[Report on the health of British troops in the Madras command]
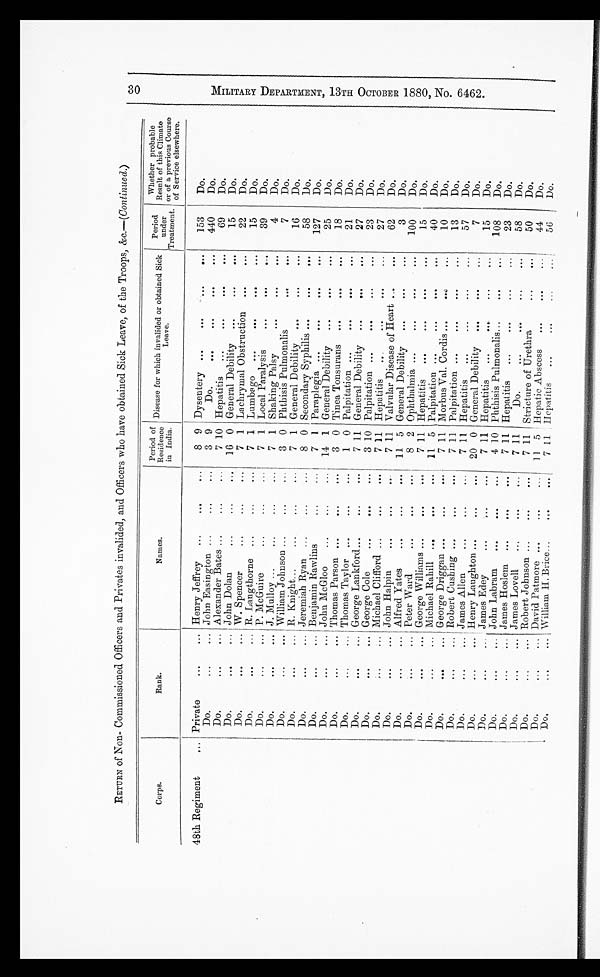
30
MILITARY DEPARTMENT, 13TH OCTOBER 1880, NO. 6462.
RETURN of Non- Commissioned Officers and Privates invalided, and Officers who have obtained Sick Leave, of the Troops, &c.—(Continued.)
Corps.
Rank.
Names.
Period of
Residence
in India.
Disease for which invalided or obtained Sick
Leave.
Period
under
Treatment.
Whether probable
Result of this Climate
or of a previous Course
of Service elsewhere.
48th Regiment
... Private
...
... Henry Jeffrey
...
...
...
8 9 Dysentery ...
...
...
...
153
Do.
Do.
...
... John Easington ...
...
...
3 9
Do.
...
. . .
...
...
440
Do.
Do. ...
... Alexander Bates ...
...
...
7 10 Hepatitis
...
...
...
...
69
Do.
Do.
...
... John Dolan
...
...
...
16 0 General Debility
...
...
...
15
Do.
Do.
...
... W. Spencer
...
...
...
7 1 Lachrymal Obstruction ...
...
22
Do.
Do.
...
... R. Langthorne ...
...
...
7 1 Lumbago
...
...
...
...
15
Do.
Do.
...
... P. McGuire
...
...
...
7 1 Local Paralysis
...
...
...
39
Do.
Do.
...
... J. Mulloy ...
...
...
...
7 1 Shaking Palsy
...
...
...
4
Do.
Do.
...
... William Johnson ...
...
...
3 0 Phthisis Pulmonalis
...
...
7
Do.
Do.
...
... R. Knight...
...
...
...
7 1 General Debility ...
...
...
16
Do.
Do.
...
... Jeremiah Ryan ...
...
...
8 0 Secondary Syphilis ...
...
...
58
Do.
Do.
...
... Benjamin Rawlins
. . .
. . . 7 1 Paraplegia ...
...
...
...
127
Do.
Do.
...
... John McGloo
...
...
...
14 1 General Debility
...
...
...
25
Do.
Do.
...
... Thomas Parson ...
...
...
3 0 Tinea Tonsurans ...
...
...
18
Do.
Do.
...
... Thomas Taylor ...
...
...
1 0 Palpitation ...
...
...
...
21
Do.
Do.
...
... George Lankford... ...
...
...
7 11 General Debility
...
...
...
27
Do.
Do.
...
... George Cole
...
... ...
3 10 Palpitation ...
...
...
...
23
Do.
Do.
...
... Michael Clifford ...
... ...
7 11 Hepatitis
...
...
...
...
27
Do.
Do.
...
... John Halpin
...
...
...
7 11 Valvular Disease of Heart ...
...
62
Do.
Do.
...
... Alfred Yates
...
...
...
11 5 General Debility
...
...
...
3
Do.
Do.
...
... Peter Ward
...
...
...
8 2 Ophthalmia ...
...
...
...
100
Do.
Do.
...
...
G e o r g e W i l l i a m s
... ...
...
7 11 Hepatitis
...
..
...
...
15
Do.
Do.
...
... Michael Rahill ...
...
...
11 5 Palpitation ...
...
...
...
40
Do.
Do.
...
... George Driggan ...
...
...
7
1 1 Morbus Val. Cordis ...
...
...
10
Do.
Do.
...
... Robert Cushing ...
...
...
7 11 Palpitation ...
...
...
...
13
Do.
Do.
...
... James Allen
...
...
...
7 11 Hepatitis
...
...
...
...
57
Do.
Do.
...
... Henry Laughton ...
...
...
20 0 General Debility
...
...
...
7
Do.
Do.
...
... James Edey
...
...
...
7 11 Hepatitis
...
...
...
...
15
Do.
Do.
...
... John Labram
...
...
...
4 10 Phthisis Pulmonalis...
...
...
108
Do.
Do.
...
... James Hoslem ...
...
...
7 11 Hepatitis
...
...
...
...
23
Do.
Do.
...
... James Lovell
...
...
...
7 11
Do.
...
. . .
...
...
58
Do.
Do.
...
... Robert Johnson ...
...
...
7 11 Stricture of Urethra
...
...
50
Do.
Do.
...
... David Patmore ... ...
...
...
11 5 Hepatic Abscess
...
...
...
44
Do.
D o .
...
... William H. Brice ...
...
...
7 11 Hepatitis
...
...
...
...
56
Do.